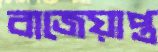
বাজেয়াপ্ত